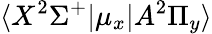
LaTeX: \langle X^{2}\Sigma^{+}|\mu_{x}|A^{2}\Pi_{y}\rangle